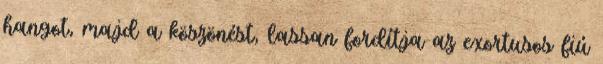
hangot, majd a köszönést, lassan fordítja az exortusos fiú